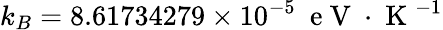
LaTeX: k_{B}=8.61734279\times{10}^{-5}~\mathrm{~e~V~}\cdot{\mathrm{~K~}}^{-1}